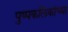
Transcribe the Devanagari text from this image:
पुष्पकलिकांच्या